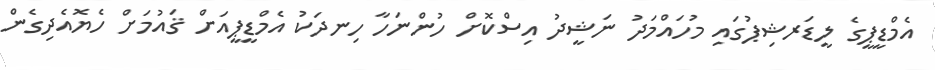
އެމްޑީޕީގެ ލީޑަރޝިޕުގައި މުހައްމަދު ނަޝީދު އިސްކޮށް ހުންނަހާ ހިނދަކު އެމްޑީޕީއަށް ޤައުމަށް ހެޔޮއެދިގެން